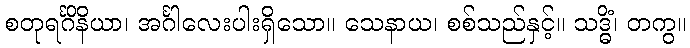
စတုရင်္ဂိနိယာ၊ အင်္ဂါလေးပါးရှိသော။ သေနာယ၊ စစ်သည်နှင့်။ သဒ္ဓိံ၊ တကွ။